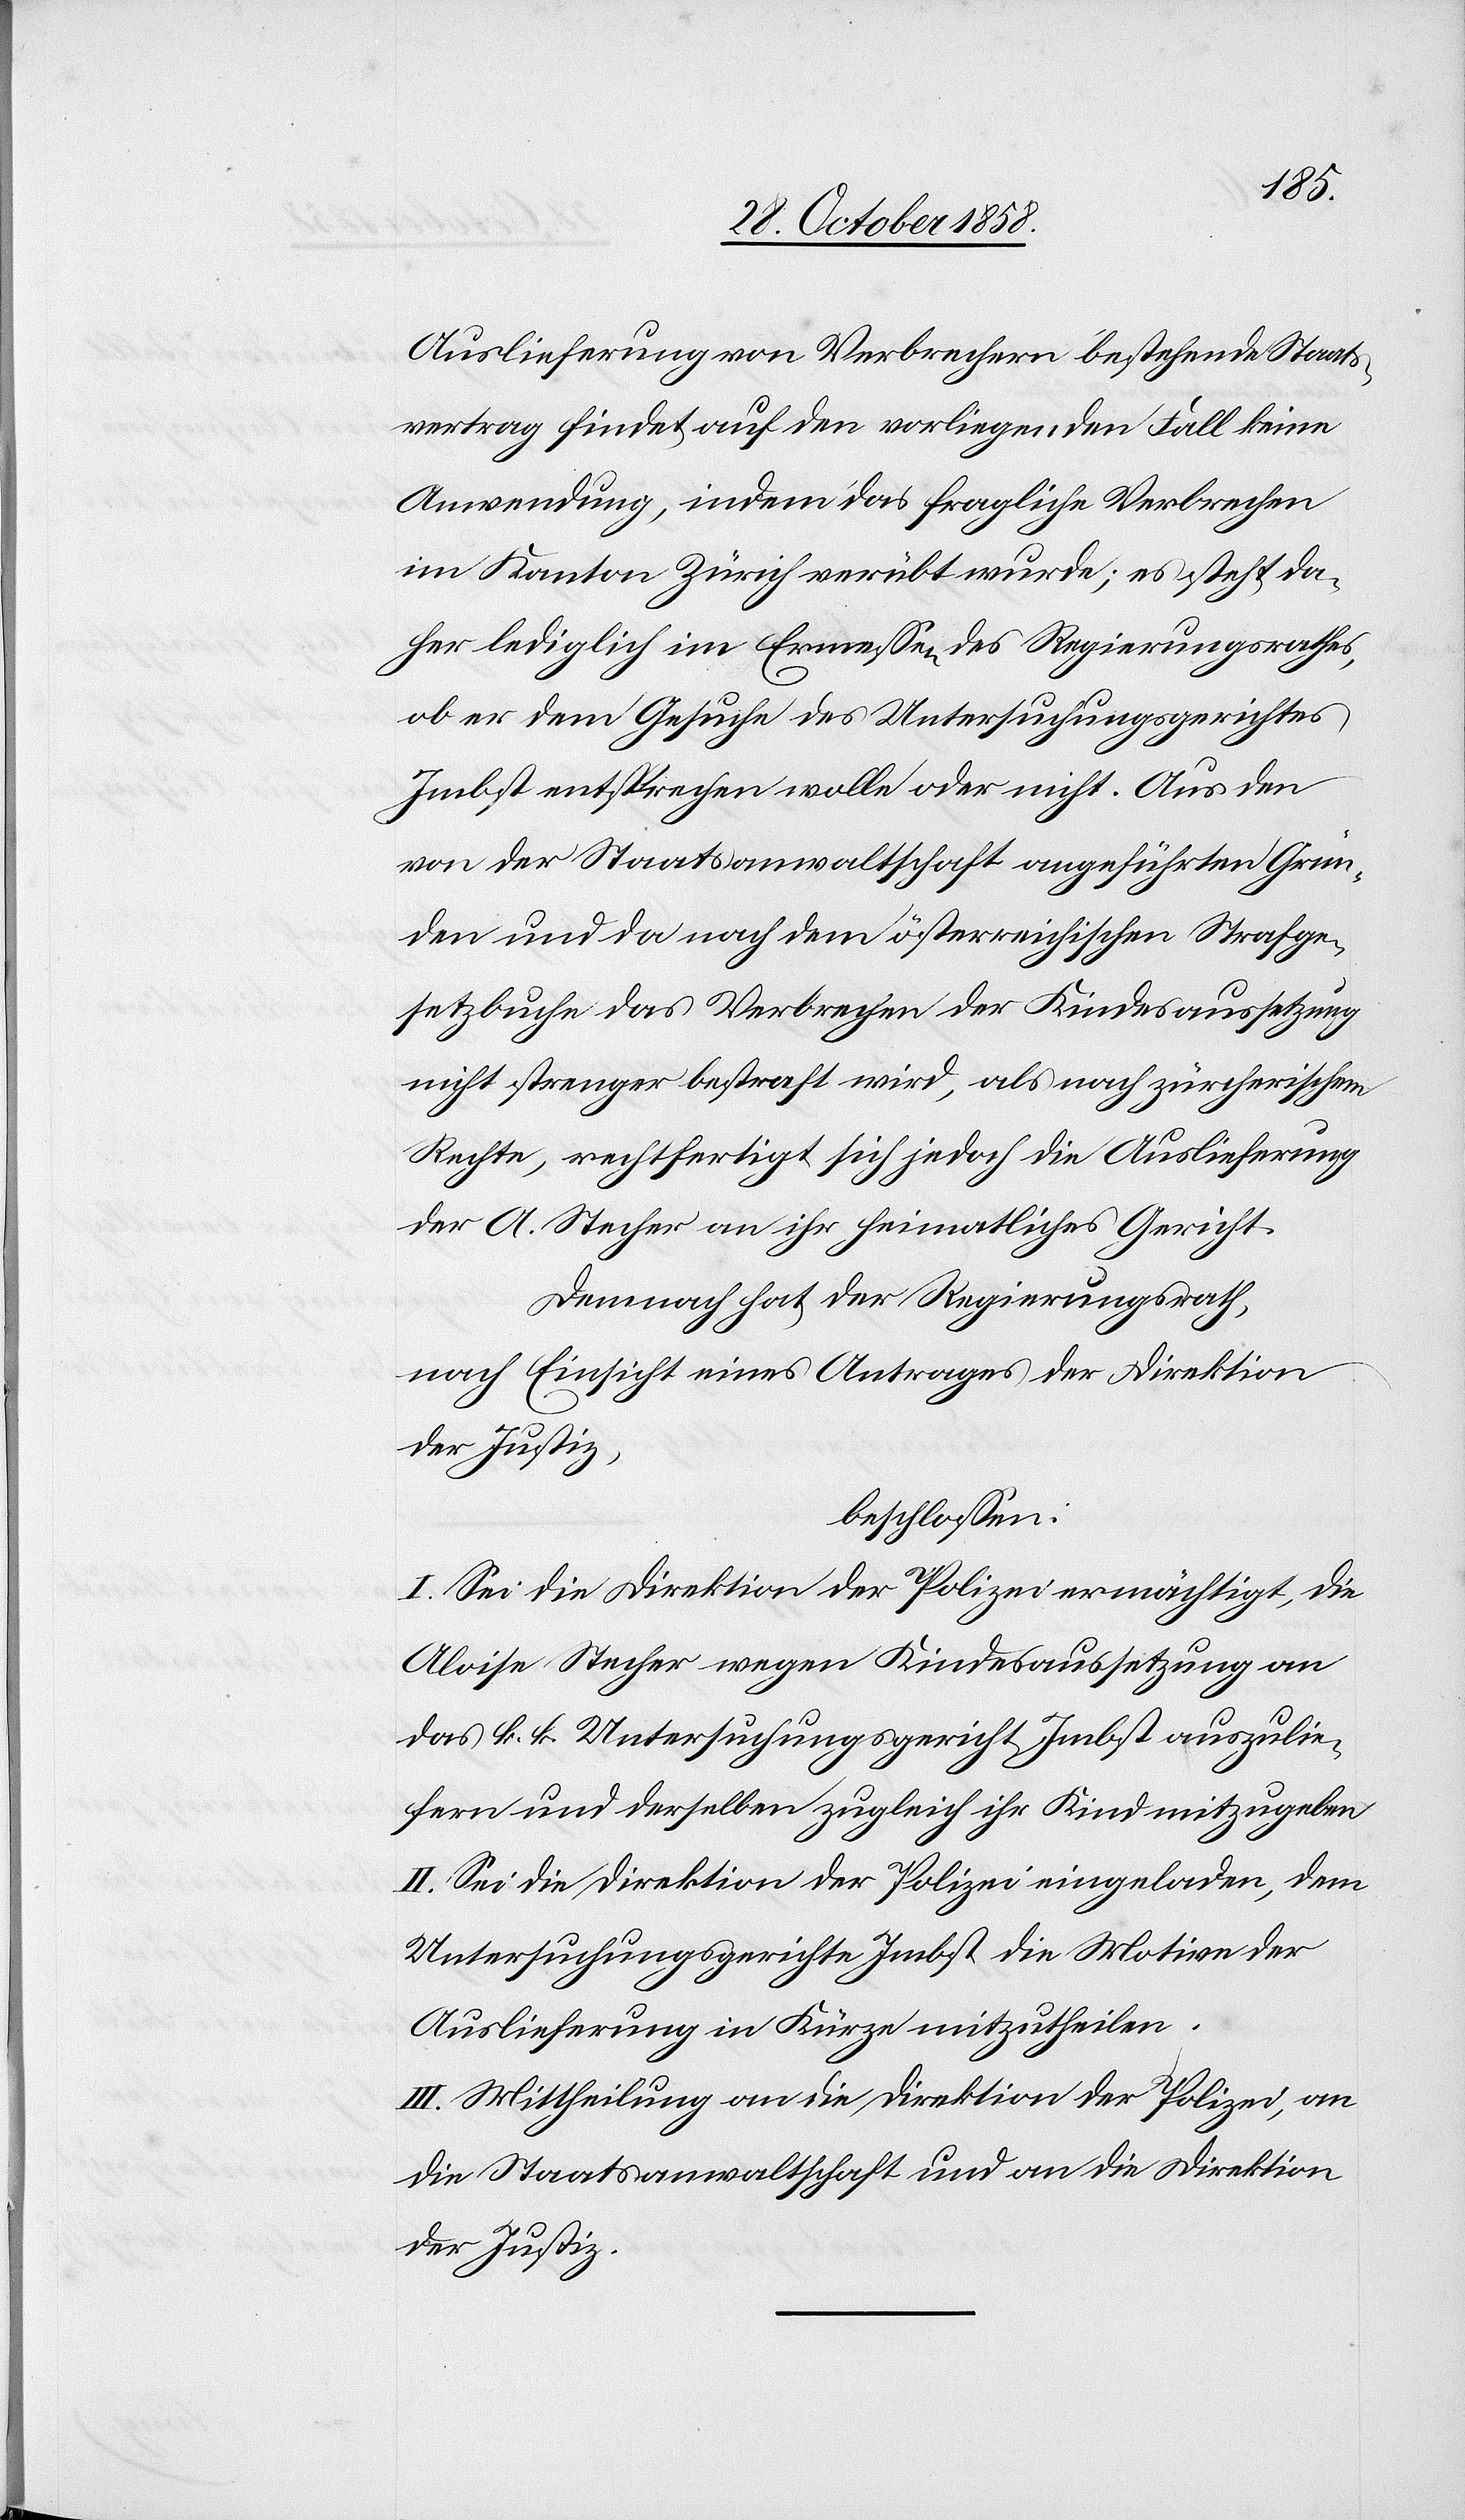
Auslieferung von Verbrechern bestehende Staats¬
vertrag findet auf den vorliegenden Fall keine
Anwendung, indem das fragliche Verbrechen
im Kanton Zürich verübt wurde; es steht da¬
her lediglich im Ermessen des Regierungsrathes,
ob er dem Gesuche des Untersuchungsgerichtes
Imbst entsprechen wolle oder nicht. Aus den
von der Staatsanwaltschaft angeführten Grün¬
den und da nach dem österreichischen Strafge¬
setzbuche das Verbrechen der Kindesaussetzung
nicht strenger bestraft wird, als nach zürcherischem
Rechte, rechtfertigt sich jedoch die Auslieferung
der A. Stecher an ihr heimatliches Gericht.
Demnach hat der Regierungsrath,
nach Einsicht eines Antrages der Direktion
der Justiz,
beschlossen:
I. Sei die Direktion der Polizei ermächtigt, die
Aloise Stecher wegen Kindesaussetzung an
das k. k. Untersuchungsgericht Imbst auszulie¬
fern und derselben zugleich ihr Kind mitzugeben.
II. Sei die Direktion der Polizei eingeladen, dem
Untersuchungsgerichte Imbst die Motive der
Auslieferung in Kürze mitzutheilen.
III. Mittheilung an die Direktion der Polizei, an
die Staatsanwaltschaft und an die Direktion
der Justiz.